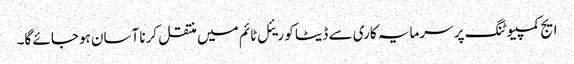
ایج کمپیوٹنگ پر سرمایہ کاری سے ڈیٹا کو ریئل ٹائم میں منتقل کرنا آسان ہوجائے گا۔